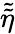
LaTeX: \tilde{\tilde{\eta}}